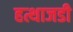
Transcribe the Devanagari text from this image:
हत्थाजडी